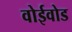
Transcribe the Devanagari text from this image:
वोईवोड